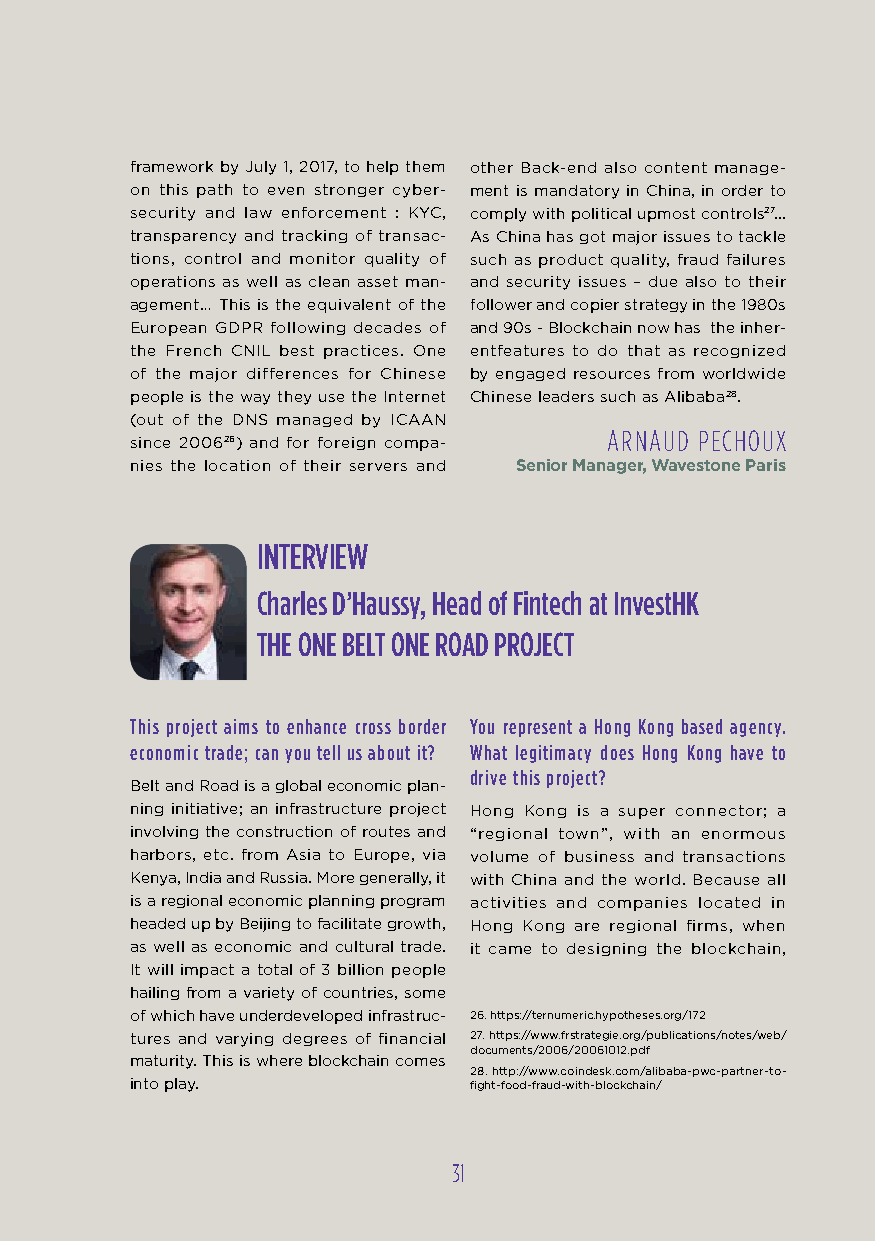
framework by July 1, 2017, to help them other Back-end also content manage-
 on this path to even stronger cyber- ment is mandatory in China, in order to
 security and law enforcement : KYC, comply with political upmost controls27...
 transparency and tracking of transac- As China has got major issues to tackle
 tions, control and monitor quality of such as product quality, fraud failures
 operations as well as clean asset man- and security issues – due also to their
 agement… This is the equivalent of the follower and copier strategy in the 1980s
 European GDPR following decades of and 90s - Blockchain now has the inher-
 the French CNIL best practices. One entfeatures to do that as recognized
 of the major differences for Chinese by engaged resources from worldwide
 people is the way they use the Internet Chinese leaders such as Alibaba28.
 (out of the DNS managed by ICAAN
 arnaud pe choux
 since 200626) and for foreign compa-
 nies the location of their servers and Senior Manager, Wavestone Paris
 INTERvIEW
 Charles D’Haussy, Head of Fintech at InvestHK
 THE oNE BELT oNE RoAD PRojECT
 This project aims to enhance cross border you represent a Hong Kong based agency.
 economic trade; can you tell us about it? What legitimacy does Hong Kong have to
 drive this project?
 Belt and Road is a global economic plan-
 ning initiative; an infrastructure project Hong Kong is a super connector; a
 involving the construction of routes and “regional town”, with an enormous
 harbors, etc. from Asia to Europe, via volume of business and transactions
 Kenya, India and Russia. More generally, it with China and the world. Because all
 is a regional economic planning program activities and companies located in
 headed up by Beijing to facilitate growth, Hong Kong are regional firms, when
 as well as economic and cultural trade. it came to designing the blockchain,
 It will impact a total of 3 billion people
 hailing from a variety of countries, some
 of which have underdeveloped infrastruc- 26. https://ternumeric.hypotheses.org/172
 tures and varying degrees of financial 27. https://www.frstrategie.org/publications/notes/web/
 documents/2006/20061012.pdf
 maturity. This is where blockchain comes
 28. http://www.coindesk.com/alibaba-pwc-partner-to-
 into play.            fight-food-fraud-with-blockchain/
 3311